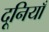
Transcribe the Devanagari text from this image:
दूनियाँ